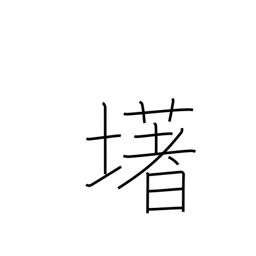
Meaning: (ghost kanji)